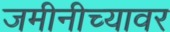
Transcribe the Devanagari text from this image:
जमीनीच्यावर